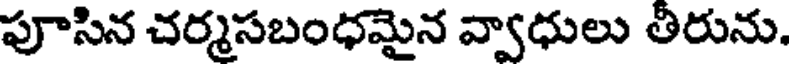
పూసిన చర్మసబంధమైన వ్వాధులు తీరును.